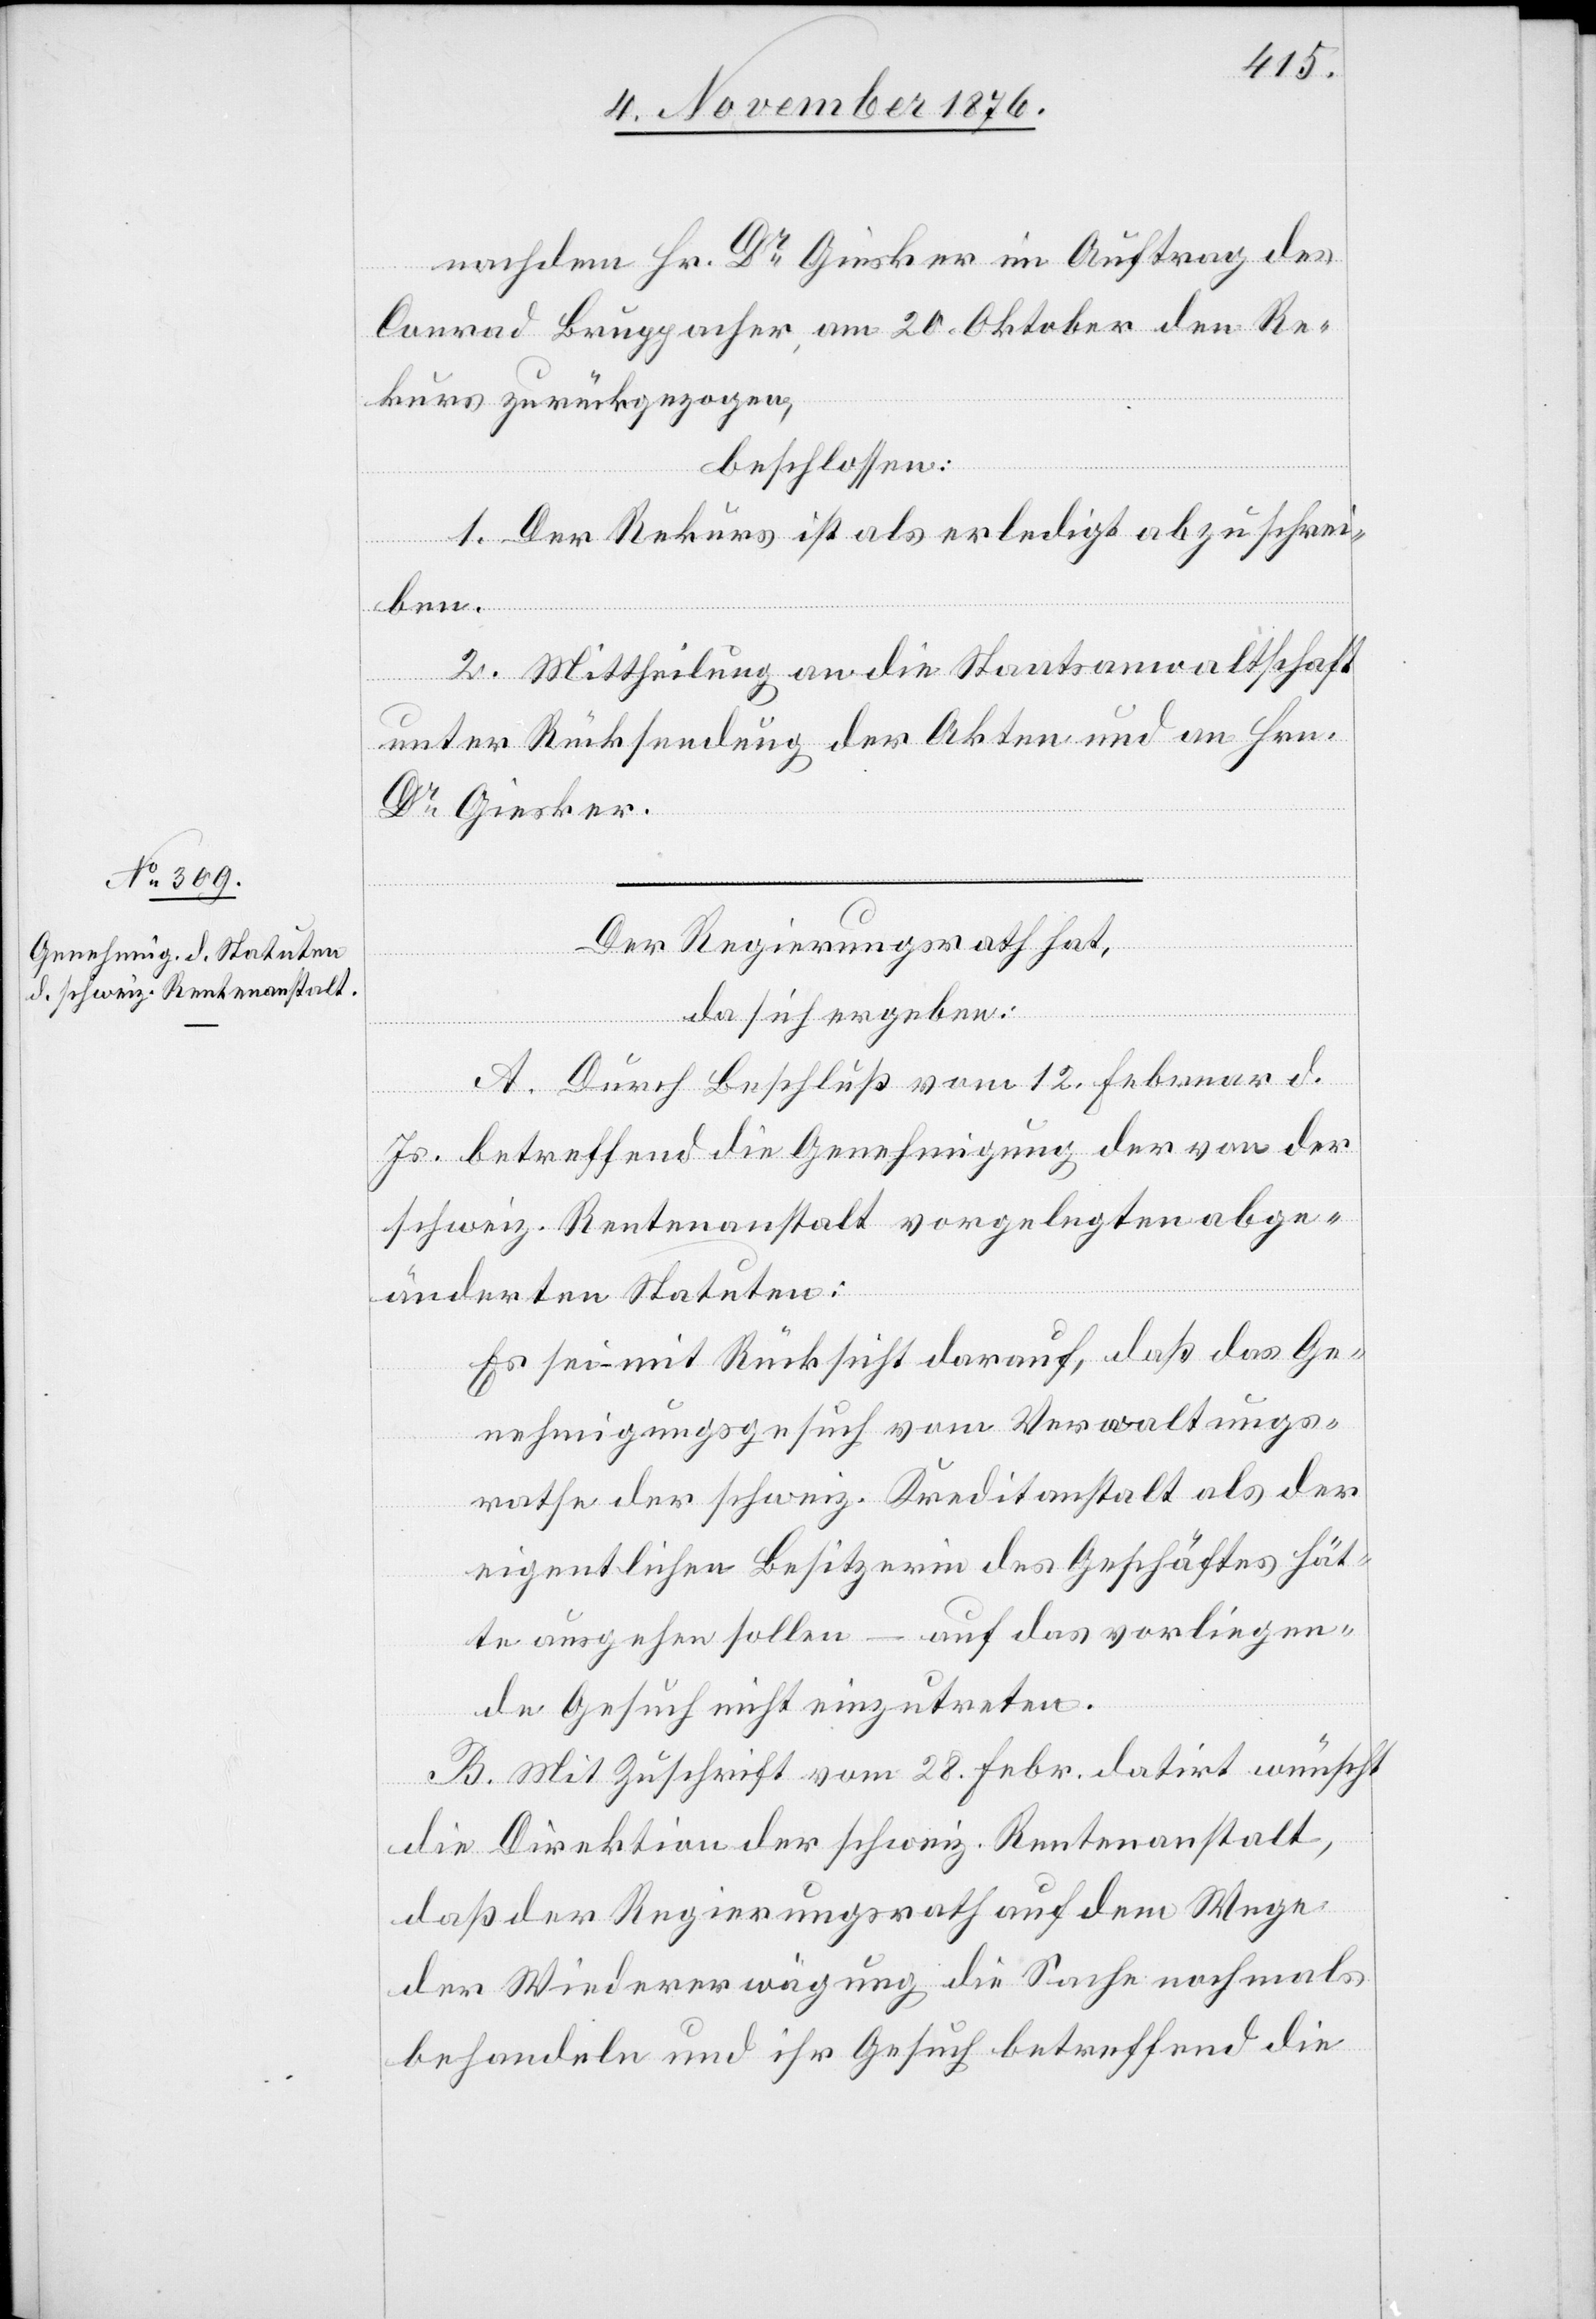
nachdem Hr. Dr Giesker im Auftrag des
den Re¬
kurs zurückgezogen,
beschlossen:
1. Der Rekurs ist als erledigt abzuschrei¬
ben.
2. Mittheilung an die Staatsanwaltschaft
unter Rücksendung der Akten und an Hrn.
Dr Giesker.
Der Regierungsrath hat,
da sich ergeben:
A. Durch Beschluß vom 12. Februar d.
Js. betreffend die Genehmigung der von der
schweiz. Rentenanstalt vorgelegten abge¬
änderten Statuten:
Es sei – mit Rücksicht darauf, daß das Ge¬
nehmigungsgesuch vom Verwaltungs¬
rathe der schweiz. Kreditanstalt als der
eigentlichen Besitzerin des Geschäftes hät¬
te ausgehen sollen – auf das vorliegen¬
de Gesuch nicht einzutreten.
B. Mit Zuschrift vom 28. Febr. datirt wünscht
die Direktion der schweiz. Rentenanstalt,
daß der Regierungsrath auf dem Wege
der Wiedererwägung die Sache nochmals
behandeln und ihre Gesuch betreffend die